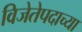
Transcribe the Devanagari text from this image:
विजेतेपदाच्या